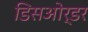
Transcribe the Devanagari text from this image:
डिसओर्डर